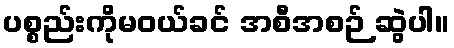
ပစ္စည်းကိုမဝယ်ခင် အစီအစဉ် ဆွဲပါ။